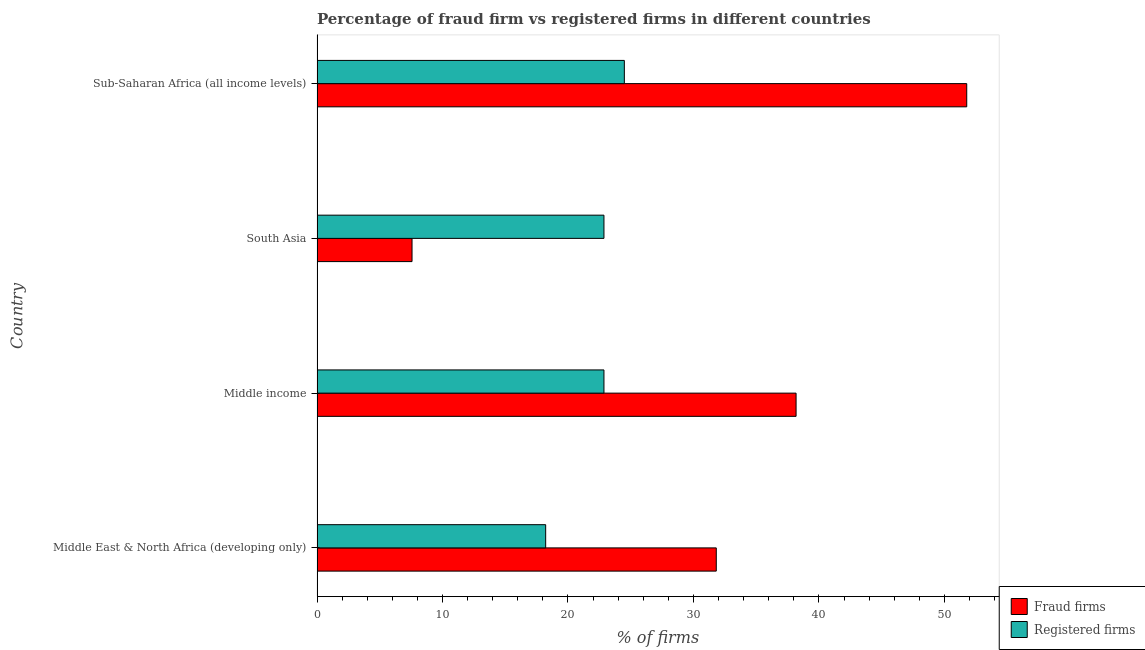
| Country | Fraud firms | Registered firms |
 | --- | --- | --- |
 | Middle East & North Africa (developing only) | 31.8 | 18.2 |
 | Middle income | 38.2 | 22.9 |
 | South Asia | 7.57 | 22.9 |
 | Sub-Saharan Africa (all income levels) | 51.8 | 24.5 |